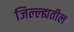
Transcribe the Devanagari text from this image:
जिल्ल्ह्यतील